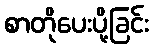
စာတိုပေးပို့ခြင်း